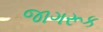
જાગરૂક